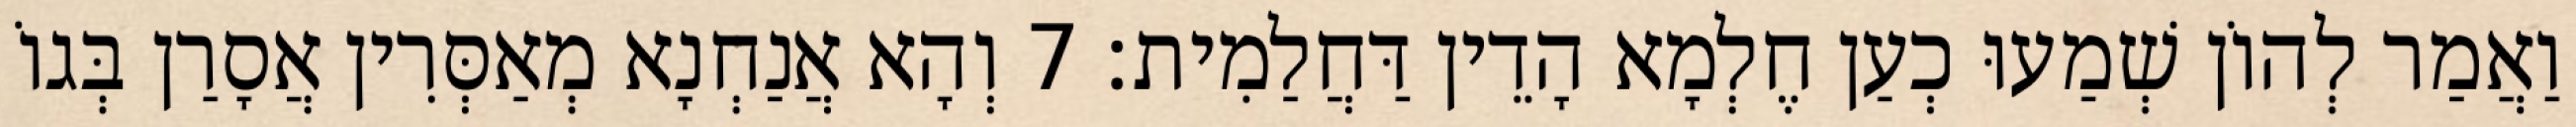
וַאֲמַר לְהוֹן שְׁמַעוּ כְעַן חֶלְמָא הָדֵין דַּחֲלַמִית׃ 7 וְהָא אֲנַחְנָא מְאַסְּרִין אֲסָרַן בְּגוֹ